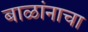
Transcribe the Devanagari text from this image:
बाळांनाचा